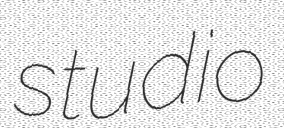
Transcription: studio